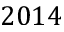
2 0 1 4